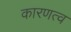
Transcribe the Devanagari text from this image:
कारणत्व